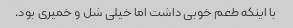
با اینکه طعم خوبی داشت اما خیلی شل و خمیری بود.